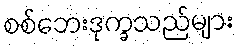
စစ်ဘေးဒုက္ခသည်များ